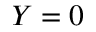
Y = 0